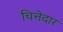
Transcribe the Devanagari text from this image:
चित्तेदार